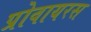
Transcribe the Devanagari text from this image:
प्रोवायरस